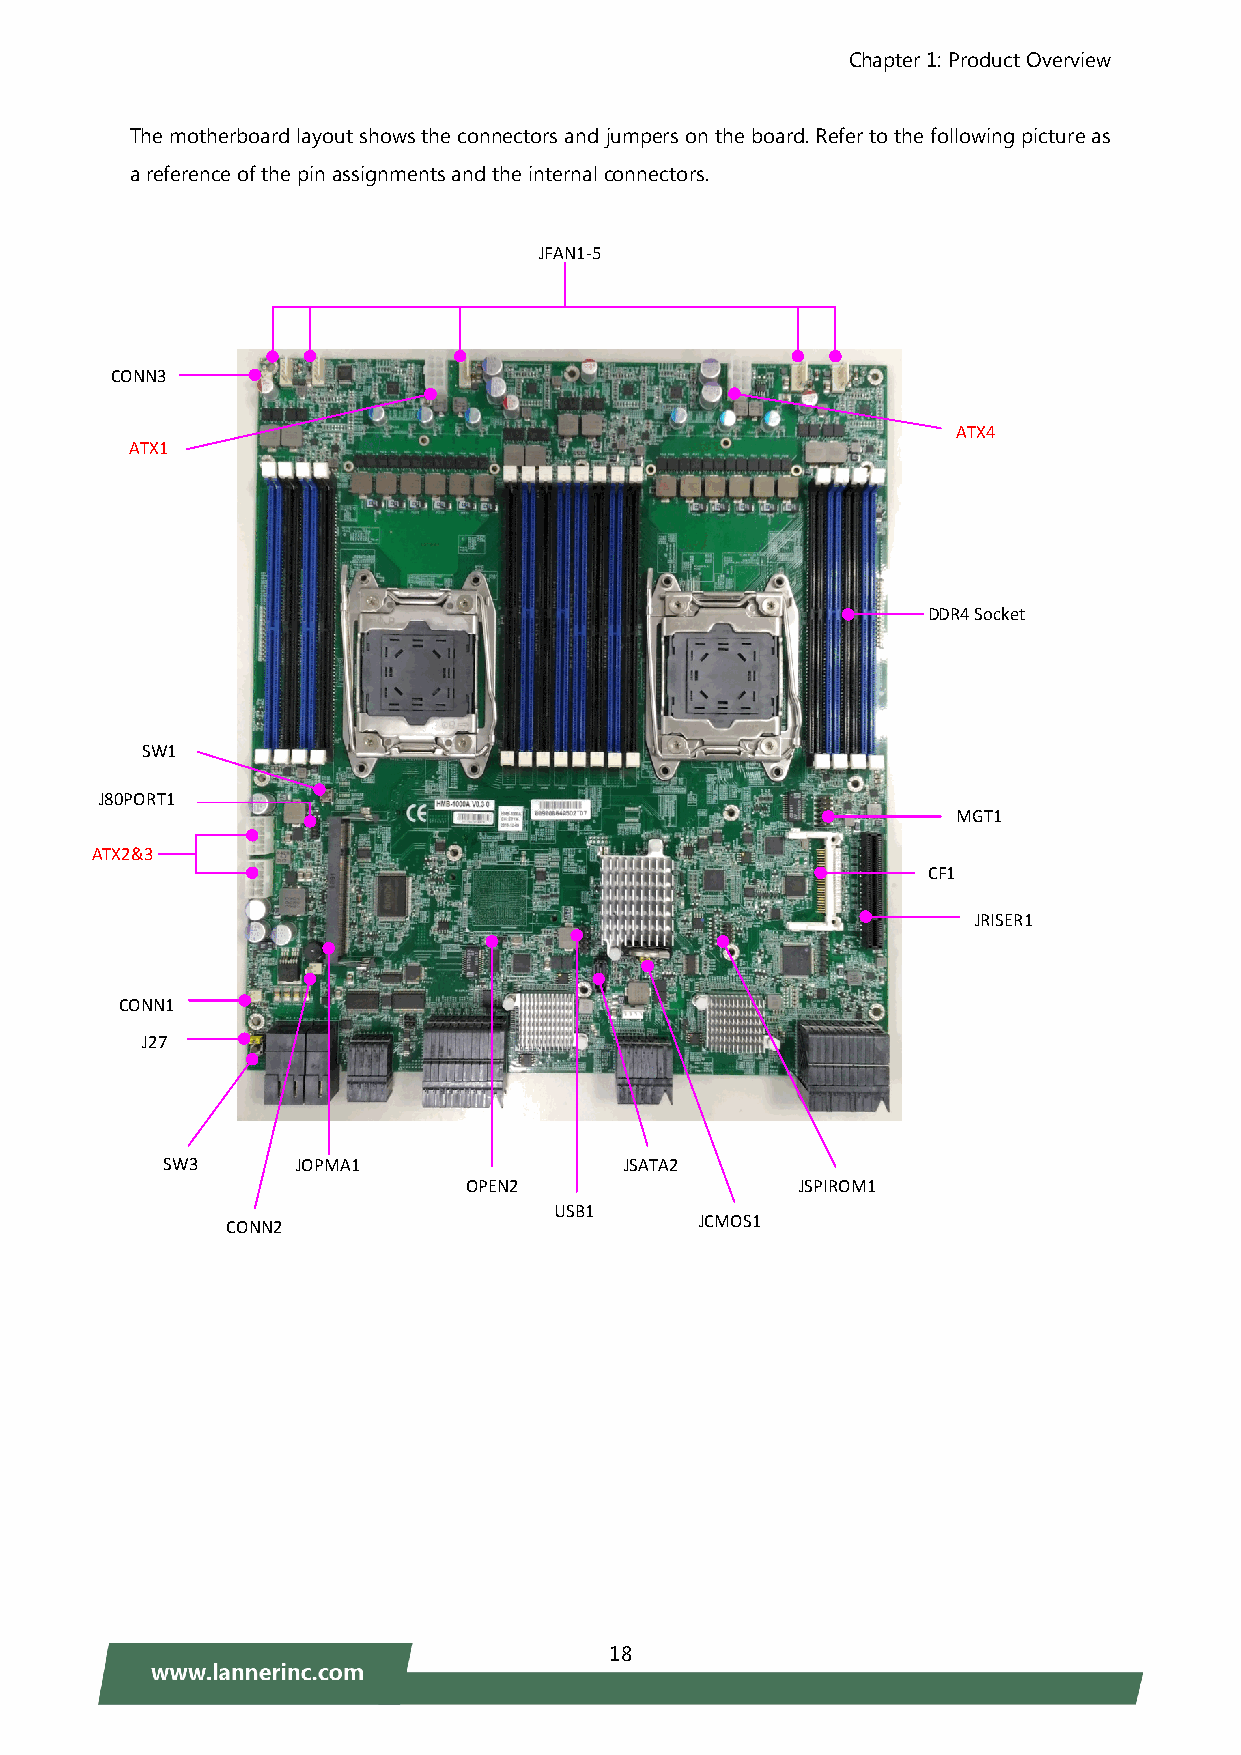
Chapter 1: Product Overview
 The motherboard layout shows the connectors and jumpers on the board. Refer to the following picture as
 a reference of the pin assignments and the internal connectors.
 JFAN1-5
 CONN3
 ATX4
 ATX1
 DDR4 Socket
 SW1
 J80PORT1
 MGT1
 ATX2&3
 CF1
 JRISER1
 CONN1
 J27
 SW3      JOPMA1               JSATA2
 OPEN2                 JSPIROM1
 USB1
 CONN2                          JCMOS1
 18